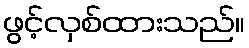
ဖွင့်လှစ်ထားသည်။